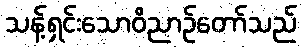
သန့်ရှင်းသောဝိညာဉ်တော်သည်